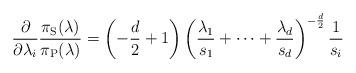
LaTeX: \begin{align*}\frac{ \partial}{\partial \lambda_i} \frac{\pi_\mathrm{S}(\lambda)}{\pi_\mathrm{P}(\lambda)}= \left( - \frac{d}{2} +1 \right) \left( \frac{ \lambda_1}{s_1}+ \dotsb + \frac{\lambda_d}{s_d} \right) ^{ -\frac{d}{2}} \frac{1}{s_i}\end{align*}